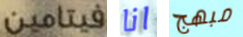
فيتامين انا مبهج